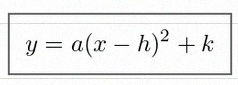
y=a(x-h)^2+k